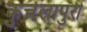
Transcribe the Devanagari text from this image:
कुचेलापुरी